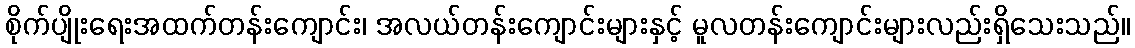
စိုက်ပျိုးရေးအထက်တန်းကျောင်း၊ အလယ်တန်းကျောင်းများနှင့် မူလတန်းကျောင်းများလည်းရှိသေးသည်။